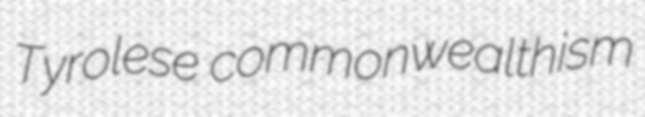
Tyrolese commonwealthism